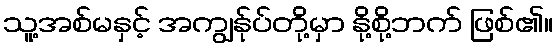
သူ့အစ်မနှင့် အကျွန်ုပ်တို့မှာ နို့စို့ဘက် ဖြစ်၏။